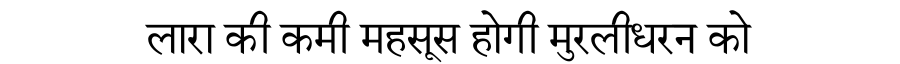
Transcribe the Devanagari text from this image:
लारा की कमी महसूस होगी मुरलीधरन को